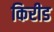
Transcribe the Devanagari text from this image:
किरीड